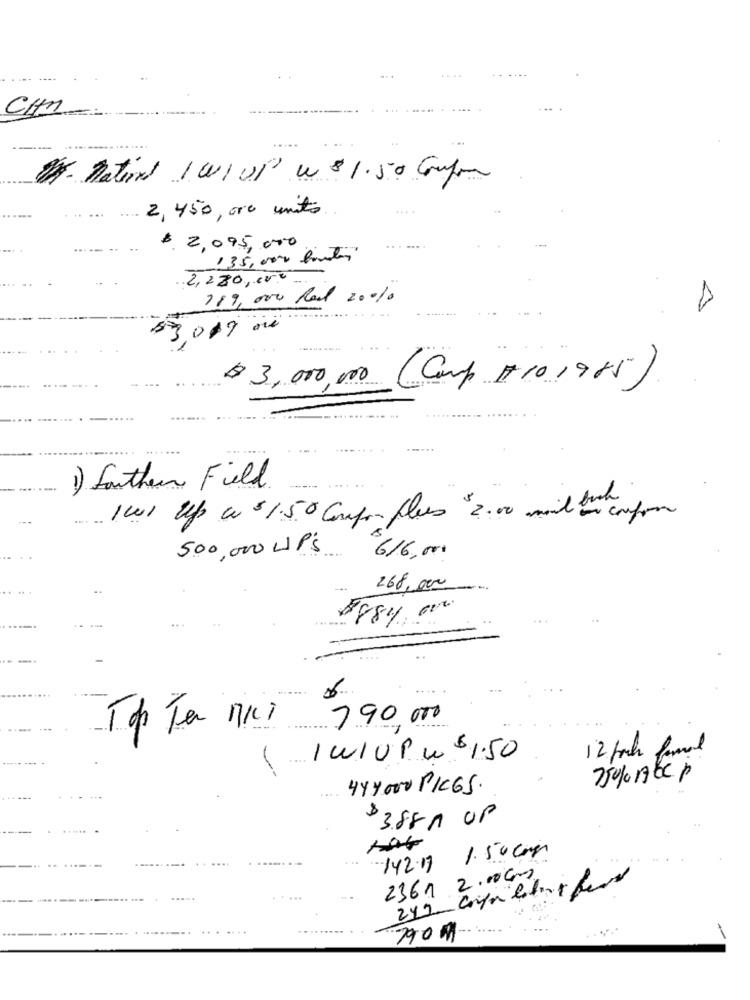
...
CHM
----
Dr. national 1 W/ UP u $ 1.50 Gof
2,450,000 units
$ 2,095,000
135,000 hourts
2,280,00
119,000 Rad 2010
53,017 oui
$ 3,000,000 (Comp #10.1985).
1) Southern Field.
.... ..
1001 Up a $1.50 Compar flies $2.00 mil bu cupom
500,000 UP's
616,000
268,000
8884. 000.
.....
790 000
Top Ta nui
Iw/UP w 51.50
12 /och
75% ABcp
441000 PK65.
$ 388 M UP
142.17 1.50 Comp
2361 2.00 Gr
....
790M